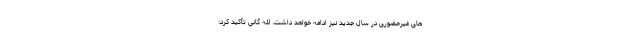
های غیرحضوری در سال جدید نیز ادامه خواهد داشت. لله گانی تأکید کرد: